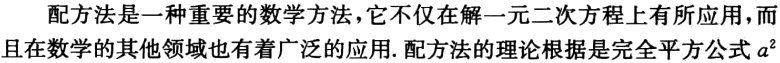
配方法是一种重要的数学方法，它不仅在解一元二次方程上有所应用，而且在数学的其他领域也有着广泛的应用. 配方法的理论根据是完全平方公式\(a^{2}\)